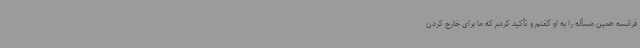
فرانسه همین مسأله را به او گفتم و تأکید کردم که ما برای خارج کردن